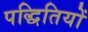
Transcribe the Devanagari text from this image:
पद्धितियों